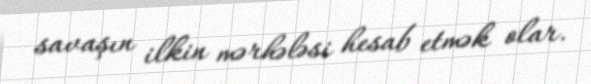
savaşın ilkin mərhələsi hesab etmək olar.